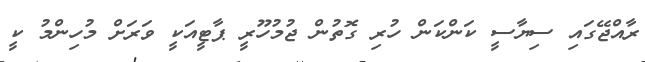
ރާއްޖޭގައި ސިޔާސީ ކަންކަން ހުރި ގޮތުން ޖުމުހޫރީ ޕާޓީއަކީ ވަރަށް މުހިންމު ކީ